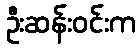
ဦးဆန်းဝင်းက